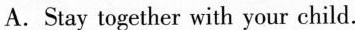
A.Stay together with your child.